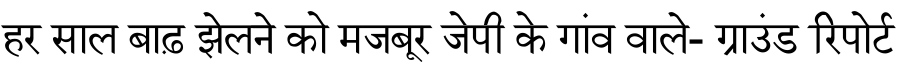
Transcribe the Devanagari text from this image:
हर साल बाढ़ झेलने को मजबूर जेपी के गांव वाले- ग्राउंड रिपोर्ट